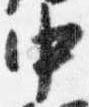
中